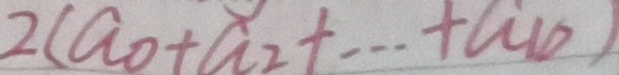
2 ( a _ { 0 } + a _ { 2 } + \cdots + a _ { 1 0 } )